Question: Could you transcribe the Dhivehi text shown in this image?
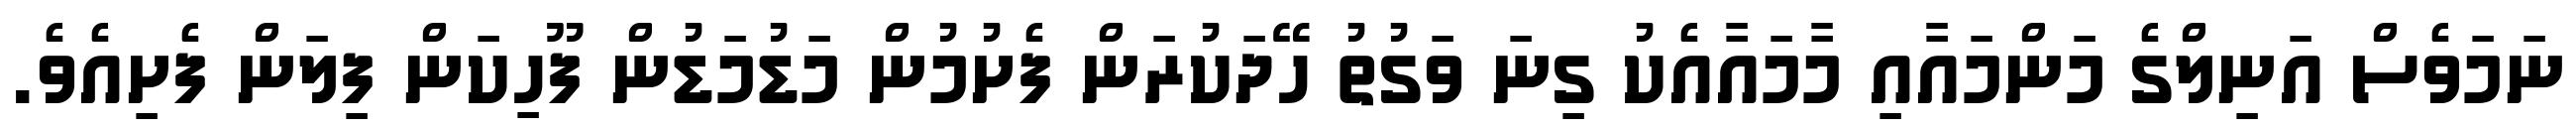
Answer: ނަމަވެސް އަނިލްގެ މަންމައާއި މާމައާއެކު ގިނަ ވަގުތު ހޭދަކުރަން ފެށުމުން މަޑުމަޑުން ފޫހިކަން ފިލަން ފެށިއެވެ.